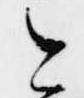
今